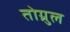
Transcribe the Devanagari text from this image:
तोग्रुल